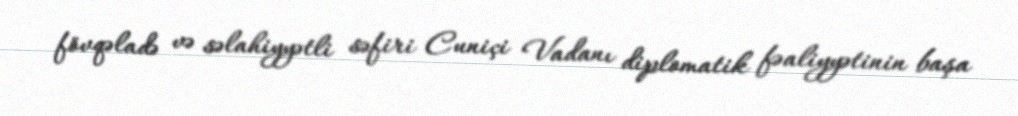
fövqəladə və səlahiyyətli səfiri Cuniçi Vadanı diplomatik fəaliyyətinin başa